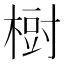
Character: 𣗳